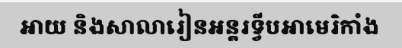
អាយ និងសាលារៀនអន្តរទ្វីបអាមេរិកាំង